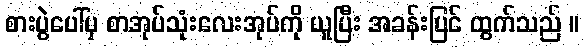
စားပွဲပေါ်မှ စာအုပ်သုံးလေးအုပ်ကို ယူပြီး အခန်းပြင် ထွက်သည် ။